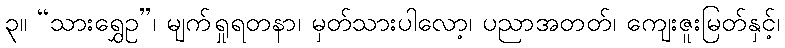
၃။ “သားရွှေဥ”၊ မျက်ရှုရတနာ၊ မှတ်သားပါလော့၊ ပညာအတတ်၊ ကျေးဇူးမြတ်နှင့်၊